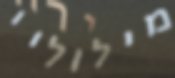
מילוליי